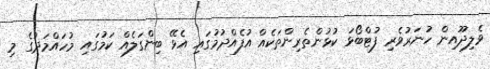
ވެލިދޫއިން ހުނަރުވެރި ފުޓްބޯޅަ ކުޅުންތެރިންތަކެއް އުފެއްދުމުގައި އެޅޭ ބިންގަލެއް ކަމުގައި މުހައްމަދުގެ މި